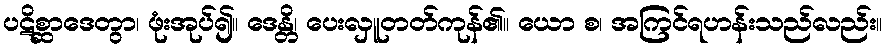
ပဋိစ္ဆာဒေတွာ၊ ဖုံးအုပ်၍။ ဒေန္တိ၊ ပေးလှူတတ်ကုန်၏။ ယော စ၊ အကြင်ရဟန်းသည်လည်း။